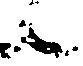
候